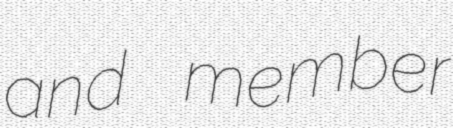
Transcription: and member